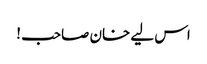
اس لیے خان صاحب !